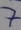
Text: 7